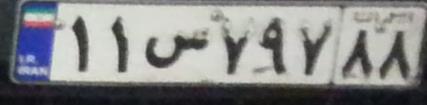
۱۱س۷۹۷۸۸